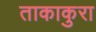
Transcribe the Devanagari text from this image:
ताकाकुरा